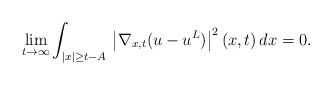
\begin{align*}\lim_{t\to\infty}\int_{|x|\ge t-A}\,\left|\nabla_{x,t}(u-u^L)\right|^2(x,t)\,dx=0.\end{align*}